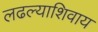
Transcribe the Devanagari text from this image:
लढल्याशिवाय